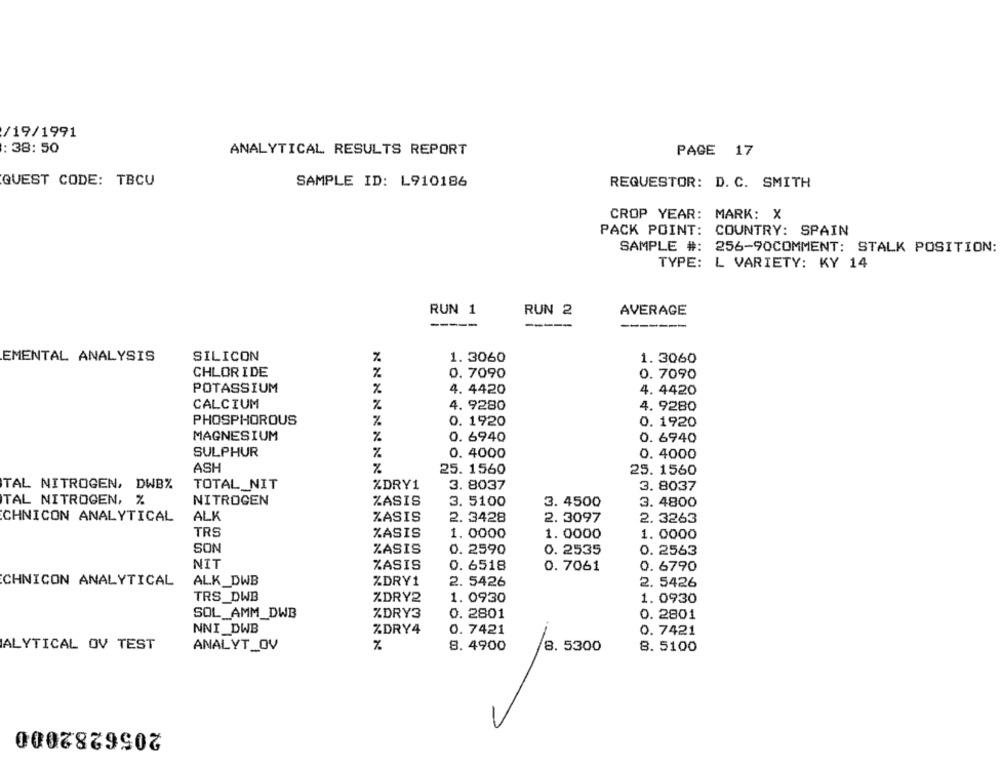
/19/1991
: 38: 50
ANALYTICAL RESULTS REPORT
PAGE 17
QUEST CODE: TBCU
SAMPLE ID: L910186
REQUESTOR: D. C. SMITH
CROP YEAR: MARK: X
PACK POINT: COUNTRY: SPAIN
SAMPLE #: 256-90COMMENT: STALK POSITION:
TYPE: L VARIETY: KY 14
RUN 1
RUN 2
AVERAGE
-----
EMENTAL ANALYSIS
SILICON
1. 3060
1. 3060
CHLORIDE
%
0. 7090
0.7090
POTASSIUM
%
4. 4420
4. 4420
CALCIUM
%
4. 9280
4. 9280
PHOSPHOROUS
%
0. 1920
0. 1920
MAGNESIUM
0. 6940
0. 6940
%
SULPHUR
%
0. 4000
0. 4000
ASH
%
25. 1560
25. 1560
TOTAL_NIT
%DRY1
TAL NITROGEN, DWB%
3. 8037
3. 8037
NITROGEN
TAL NITROGEN, %
ZASIS
3. 5100
3. 4500
3. 4800
CHNICON ANALYTICAL
ALK
ZASIS
2. 3428
2. 3097
2. 3263
TRS
ZASIS
1. 0000
1.0000
1. 0000
SON
%ASIS
0. 2590
0. 2535
0. 2563
NIT
ZASIS
0. 6518
0.7061
0. 6790
CHNICON ANALYTICAL
ALK_DWB
%DRY1
2. 5426
DON
2. 5426
TRS_DWB
ZDRY2
1.0930
1.0930
SOL_AMM_DWB
%DRY3
0. 2801
0. 2801
NNI_DWB
%DRY4
0. 7421
0. 7421
ALYTICAL OV TEST
ANALYT_OV
%
8. 4900
8. 5300
8. 5100
2056282000